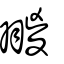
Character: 翪